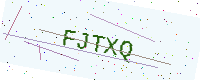
Text: FJTXQ